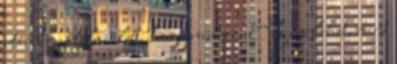
után egyértelmű lett, hogy nem az. Olyan lehet, mint